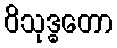
ဝိသုဒ္ဓတော